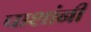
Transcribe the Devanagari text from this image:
पाशांनी